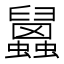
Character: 𧕧